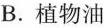
B.植物油